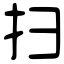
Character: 扫